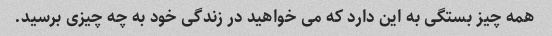
همه چیز بستگی به این دارد که می خواهید در زندگی خود به چه چیزی برسید.